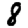
Digit: 8